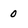
Character: 0